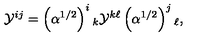
{ \cal Y } ^ { i j } = \left( \alpha ^ { 1 / 2 } \right) ^ { i } { } _ { k } { \cal Y } ^ { k \ell } \left( \alpha ^ { 1 / 2 } \right) ^ { j } { } _ { \ell } ,